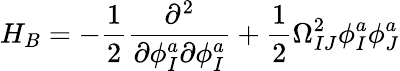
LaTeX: H_{B}=-\frac{1}{2}\frac{\partial^{2}}{\partial\phi_{I}^{a}\partial\phi_{I}^{a}}+\frac{1}{2}\Omega_{IJ}^{2}\phi_{I}^{a}\phi_{J}^{a}